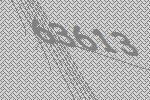
63613